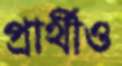
প্রার্থীও